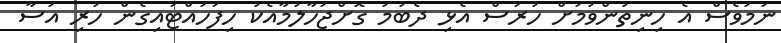
ނަމަވެސް އެ ހިނިތުންވުމަށް ހުރަސް އެޅި ދެބުމަ ގޮށްޖަހާލުމާއެކު ހިފަހައްޓައިގެން ހުރި އަސާ